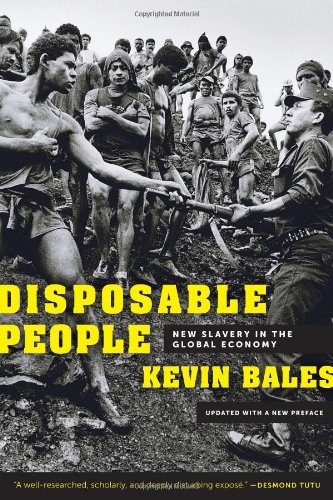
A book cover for Disposable People: New Slavery in the Global Economy; Kevin Bales; Business & Money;